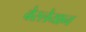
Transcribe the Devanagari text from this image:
वेस्लेयान